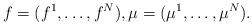
LaTeX: \begin{align*}f=(f^1,\dots,f^N),\mu=(\mu^1,\dots,\mu^N).\end{align*}